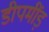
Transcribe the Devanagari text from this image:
डीपमींड़